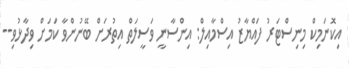
އިކޮނަމިކް މިނިސްޓަރު ފައްޔާޒު އިސްމާއިލް: އިންސާނީ ވަސީލަތް އިތުރަށް ބޭނުންވާ ކަމަށް ވިދާޅުވި--